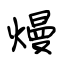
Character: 熳